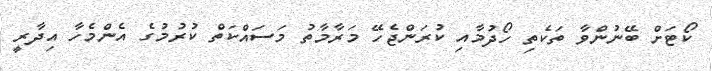
ކޯޓަށް ބޭނުންވާ ތަކެތި ހޯދުމާއި ކުރަންޖެހޭ މަރާމާތު މަސައްކަތް ކުރުމުގެ އެންމެހާ އިދާރީ